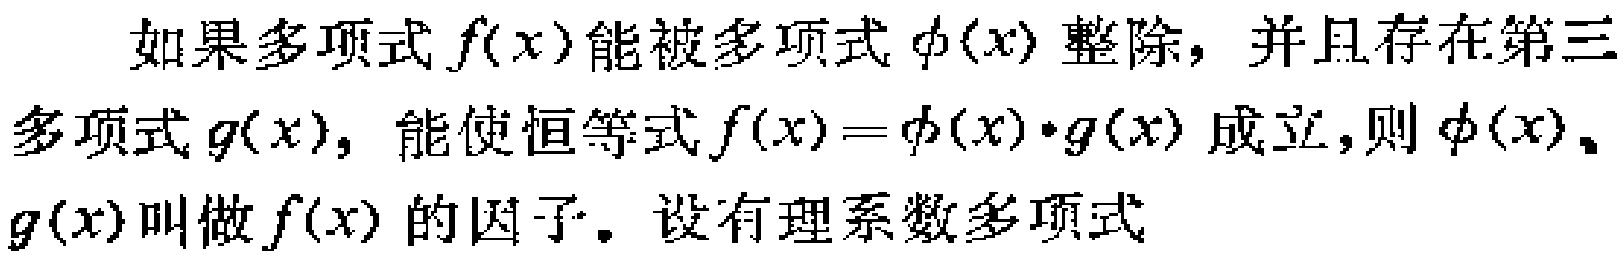
如果多项式\(f(x)\)能被多项式\(\phi(x)\)整除，并且存在第三多项式\(g(x)\)，能使恒等式\(f(x)=\phi(x)\cdot g(x)\)成立，则\(\phi(x)\)、\(g(x)\)叫做\(f(x)\)的因子。设有理系数多项式